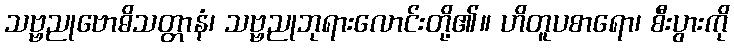
သဗ္ဗညုဗောဓိသတ္တာနံ၊ သဗ္ဗညုဘုရားလောင်းတို့၏။ ဟိတူပစာရော၊ စီးပွားကို